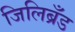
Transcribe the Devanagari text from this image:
जिलिब्रँड